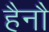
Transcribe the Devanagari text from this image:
हैनौ